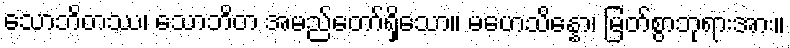
သောဘိတဿ၊ သောဘိတ အမည်တော်ရှိသော။ မဟေသိန္နော၊ မြတ်စွာဘုရားအား။